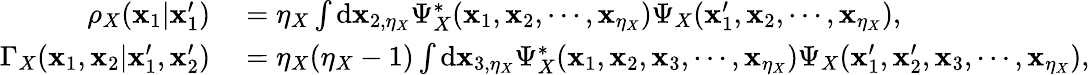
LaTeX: \begin{array}{rl}{\rho_{X}(\mathbf{x}_{1}|\mathbf{x}_{1}^{\prime})}&{{}=\eta_{X}\int\mathrm{d}\mathbf{x}_{2,\eta_{X}}\Psi_{X}^{*}(\mathbf{x}_{1},\mathbf{x}_{2},\cdots,\mathbf{x}_{\eta_{X}})\Psi_{X}(\mathbf{x}_{1}^{\prime},\mathbf{x}_{2},\cdots,\mathbf{x}_{\eta_{X}}),}\\ {\Gamma_{X}(\mathbf{x}_{1},\mathbf{x}_{2}|\mathbf{x}_{1}^{\prime},\mathbf{x}_{2}^{\prime})}&{{}=\eta_{X}(\eta_{X}-1)\int\mathrm{d}\mathbf{x}_{3,\eta_{X}}\Psi_{X}^{*}(\mathbf{x}_{1},\mathbf{x}_{2},\mathbf{x}_{3},\cdots,\mathbf{x}_{\eta_{X}})\Psi_{X}(\mathbf{x}_{1}^{\prime},\mathbf{x}_{2}^{\prime},\mathbf{x}_{3},\cdots,\mathbf{x}_{\eta_{X}}),}\end{array}